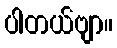
ပါတယ်ဗျာ။